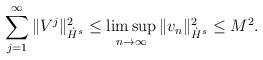
LaTeX: \begin{align*}\sum_{j=1}^\infty \|V^j\|^2_{\dot{H}^s} \leq \limsup_{n\rightarrow \infty} \|v_n\|^2_{\dot{H}^s} \leq M^2.\end{align*}